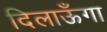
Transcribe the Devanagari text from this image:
दिलाऊँगा